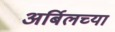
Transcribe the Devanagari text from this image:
अर्बिलच्या